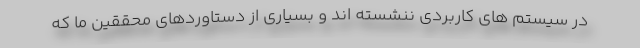
در سیستم های کاربردی ننشسته اند و بسیاری از دستاوردهای محققین ما که